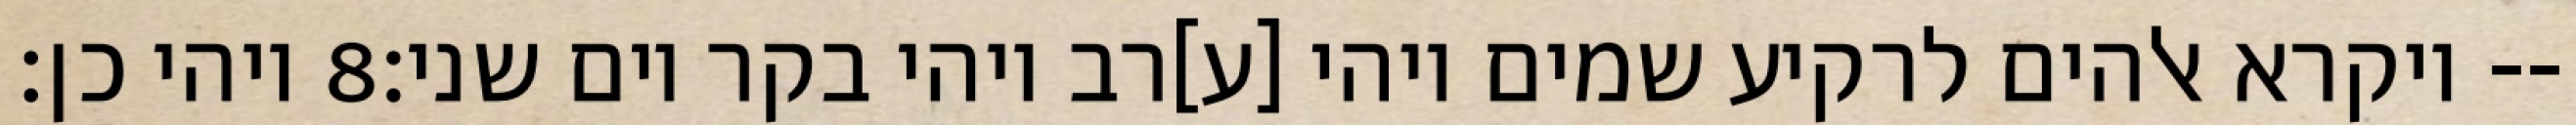
ויהי כן׃ ‎8‏ ויקרא אלהים לרקיע שמים ויהי [ע]רב ויהי בקר יום שני׃--